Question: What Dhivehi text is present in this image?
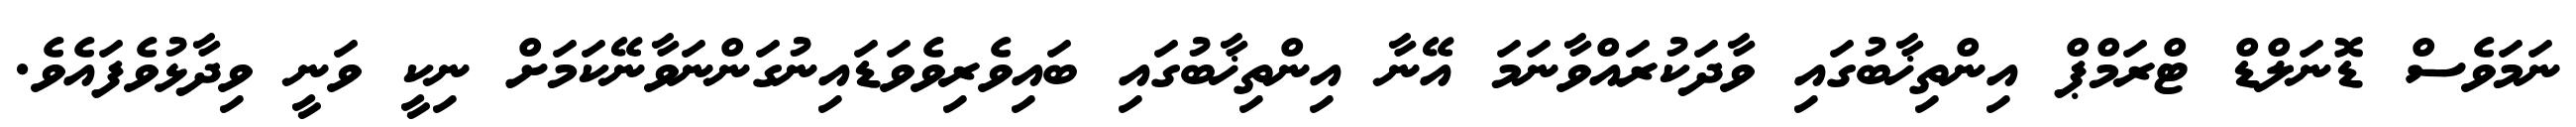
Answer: ނަމަވެސް ޑޮނަލްޑް ޓްރަމްޕް އިންތިޚާބުގައި ވާދަކުރައްވާނަމަ އޭނާ އިންތިޚާބުގައި ބައިވެރިވެވަޑައިނުގަންނަވާނޭކަމަށް ނިކީ ވަނީ ވިދާޅުވެފައެވެ.